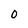
Character: 0